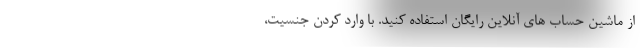
از ماشین حساب های آنلاین رایگان استفاده کنید. با وارد کردن جنسیت،